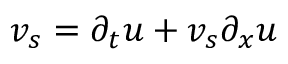
v _ { s } = \partial _ { t } u + v _ { s } \partial _ { x } u